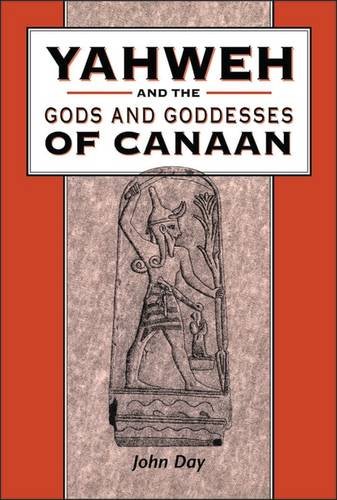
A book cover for Yahweh and the Gods and Goddesses of Canaan (The Library of Hebrew Bible/Old Testamen); John Day; Religion & Spirituality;